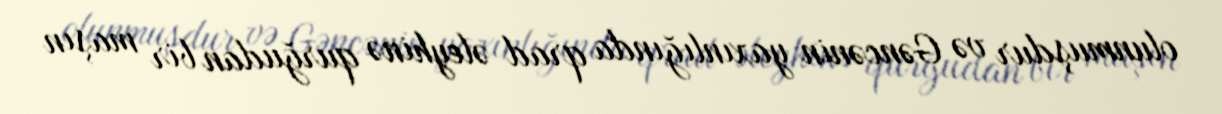
olunmuşdur və Gəncənin yaxınlığında qrad əleyhinə qurğudan bir maşın